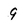
Character: 9